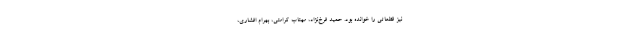
نیز قطعاتی را خوانده بود. حمید فرخ‌نژاد، مهتاب کرامتی، بهرام افشاری،